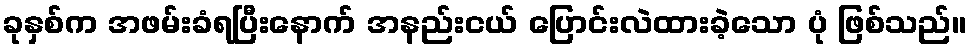
ခုနှစ်က အဖမ်းခံရပြီးနောက် အနည်းငယ် ပြောင်းလဲထားခဲ့သော ပုံ ဖြစ်သည်။